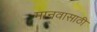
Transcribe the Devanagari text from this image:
मानवासाठी